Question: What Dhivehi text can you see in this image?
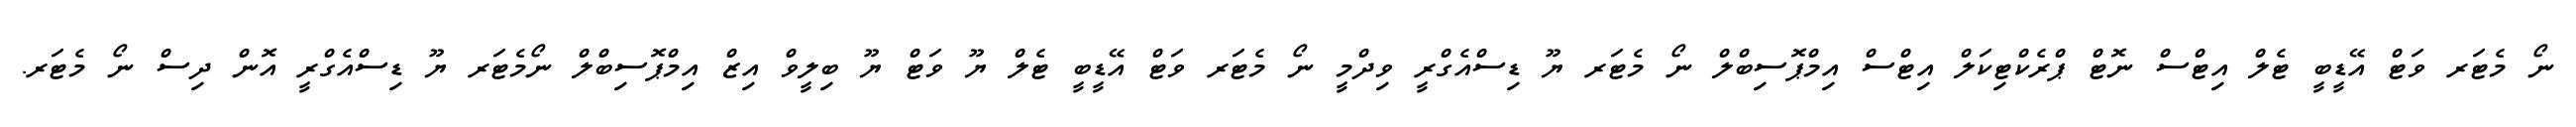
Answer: ނޯ މެޓަރ ވަޓް އޭޑީބީ ޓެލް އިޓްސް ނޮޓް ޕްރެކްޓިކަލް އިޓްސް އިމްޕޮސިބްލް ނޯ މެޓަރ ޔޫ ޑިސްއެގްރީ ވިދްމީ ނޯ މެޓަރ ވަޓް އޭޑީބީ ޓެލް ޔޫ ވަޓް ޔޫ ބިލީވް އިޒް އިމްޕޮސިބްލް ނޯމެޓަރ ޔޫ ޑިސްއެގްރީ އޮން ދިސް ނޯ މެޓަރ.